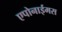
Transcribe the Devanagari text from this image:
एपोनाईमस